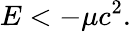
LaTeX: E<-\mu c^{2}.